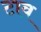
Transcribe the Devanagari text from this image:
टाव